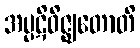
အပ္ပဋိဝိဇ္ဈတောတိ